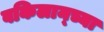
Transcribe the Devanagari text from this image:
वकिलान्च्या